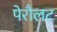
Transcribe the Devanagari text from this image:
पेरौलट